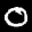
Label: 0